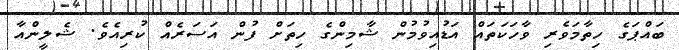
ބައްޕަގެ ހިތާމަވެރި ވާހަކަތައް އަޑުއިވުމުން ޝާމިންގެ ހިތަށް ފުން އަސަރެއް ކުރިއެވެ. ޝެލީންއާ